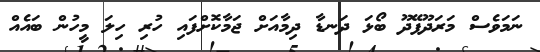
ނަމަވެސް މަރަދޫފޭދޫ ބޯޅަ ދަނޑާ ދިމާއަށް ޖަމާކޮށްފައި ހުރި ހިލަ މީހުން ބައެއް